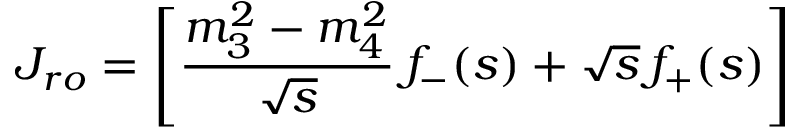
J _ { r o } = \left[ \frac { m _ { 3 } ^ { 2 } - m _ { 4 } ^ { 2 } } { \sqrt s } \, f _ { - } ( s ) + \sqrt s \, f _ { + } ( s ) \right]